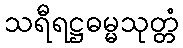
သရီရဋ္ဌဓမ္မသုတ္တံ